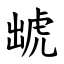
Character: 䖓